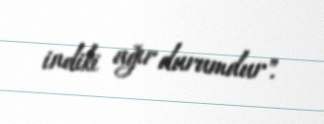
indiki ağır durumdur".